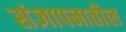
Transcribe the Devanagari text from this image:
संज्ञापनातील